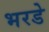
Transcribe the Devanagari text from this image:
भरडे